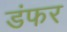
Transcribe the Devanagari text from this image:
डंफर